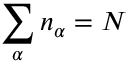
\sum _ { \alpha } n _ { \alpha } = N